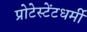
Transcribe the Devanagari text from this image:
प्रोटेस्टेंटधर्मी